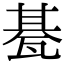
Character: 𤭦